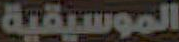
الموسيقية